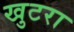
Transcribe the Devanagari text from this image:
खुटरा